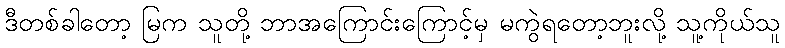
ဒီတစ်ခါတော့ မြက သူတို့ ဘာအကြောင်းကြောင့်မှ မကွဲရတော့ဘူးလို့ သူ့ကိုယ်သူ